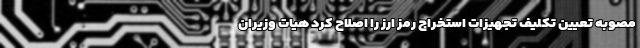
مصوبه تعیین تکلیف تجهیزات استخراج رمز ارز را اصلاح کرد هیات وزیران